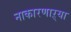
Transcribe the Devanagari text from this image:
नाकारणाऱ्या